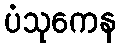
ပံသုကေန